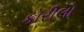
કોરીલો